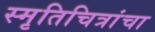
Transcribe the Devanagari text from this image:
स्मृतिचित्रांचा